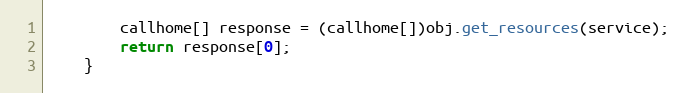
Language: Java
		callhome[] response = (callhome[])obj.get_resources(service);
		return response[0];
	}